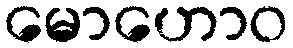
မောဟောဝ